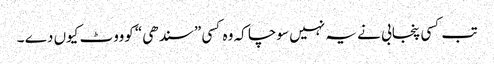
تب کسی پنجابی نے یہ نہیں سوچا کہ وہ کسی ”سندھی“ کوووٹ کیوں دے ۔